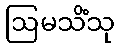
ဩမသိံသု